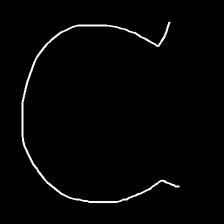
Glyph: weave